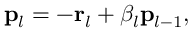
\mathbf { p } _ { l } = - \mathbf { r } _ { l } + \beta _ { l } \mathbf { p } _ { { l - 1 } } ,